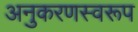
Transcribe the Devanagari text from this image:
अनुकरणस्वरूप